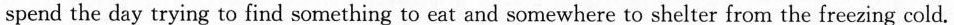
spend the day trying to find something to eat and somewhere to shelter from the freezing cold.